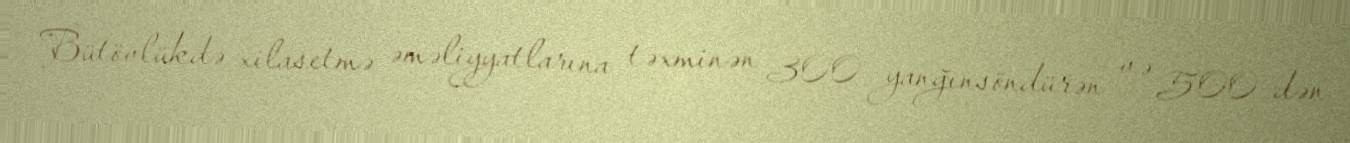
Bütövlükdə xilasetmə əməliyyatlarına təxminən 300 yanğınsöndürən və 500-dən